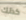
كذلك